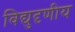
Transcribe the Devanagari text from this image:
विद्युदृणीय